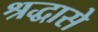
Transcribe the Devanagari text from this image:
श्रद्धासे